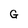
Character: G